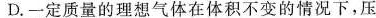
D.一定质量的理想气体在体积不变的情况下，压